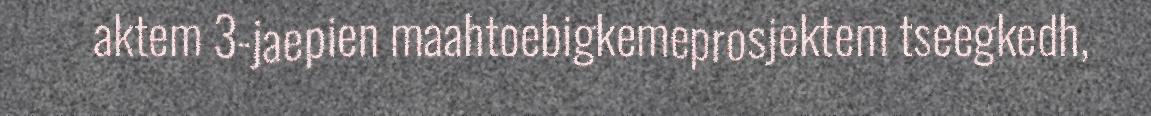
aktem 3-jaepien maahtoebigkemeprosjektem tseegkedh,